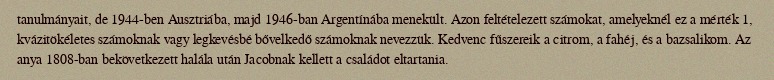
tanulmányait, de 1944-ben Ausztriába, majd 1946-ban Argentínába menekült. Azon feltételezett számokat, amelyeknél ez a mérték 1, kvázitökéletes számoknak vagy legkevésbé bővelkedő számoknak nevezzük. Kedvenc fűszereik a citrom, a fahéj, és a bazsalikom. Az anya 1808-ban bekövetkezett halála után Jacobnak kellett a családot eltartania.